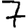
Digit: 7